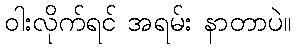
ဝါးလိုက်ရင် အရမ်း နာတာပဲ။